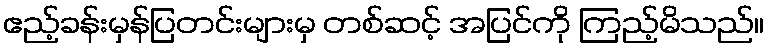
ဧည့်ခန်းမှန်ပြတင်းများမှ တစ်ဆင့် အပြင်ကို ကြည့်မိသည်။